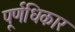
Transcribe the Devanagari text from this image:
पूर्णधिकार